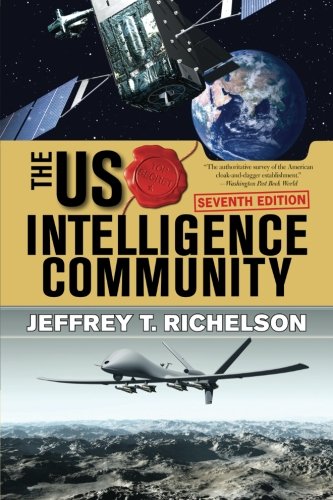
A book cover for The U.S. Intelligence Community; Jeffrey T Richelson; Biographies & Memoirs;